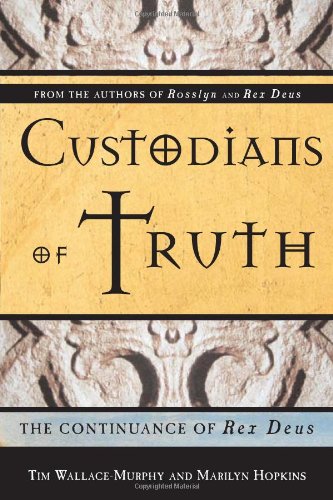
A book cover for Custodians Of Truth: The Continuance Of Rex Deus; Tim Wallace-Murphy; Religion & Spirituality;